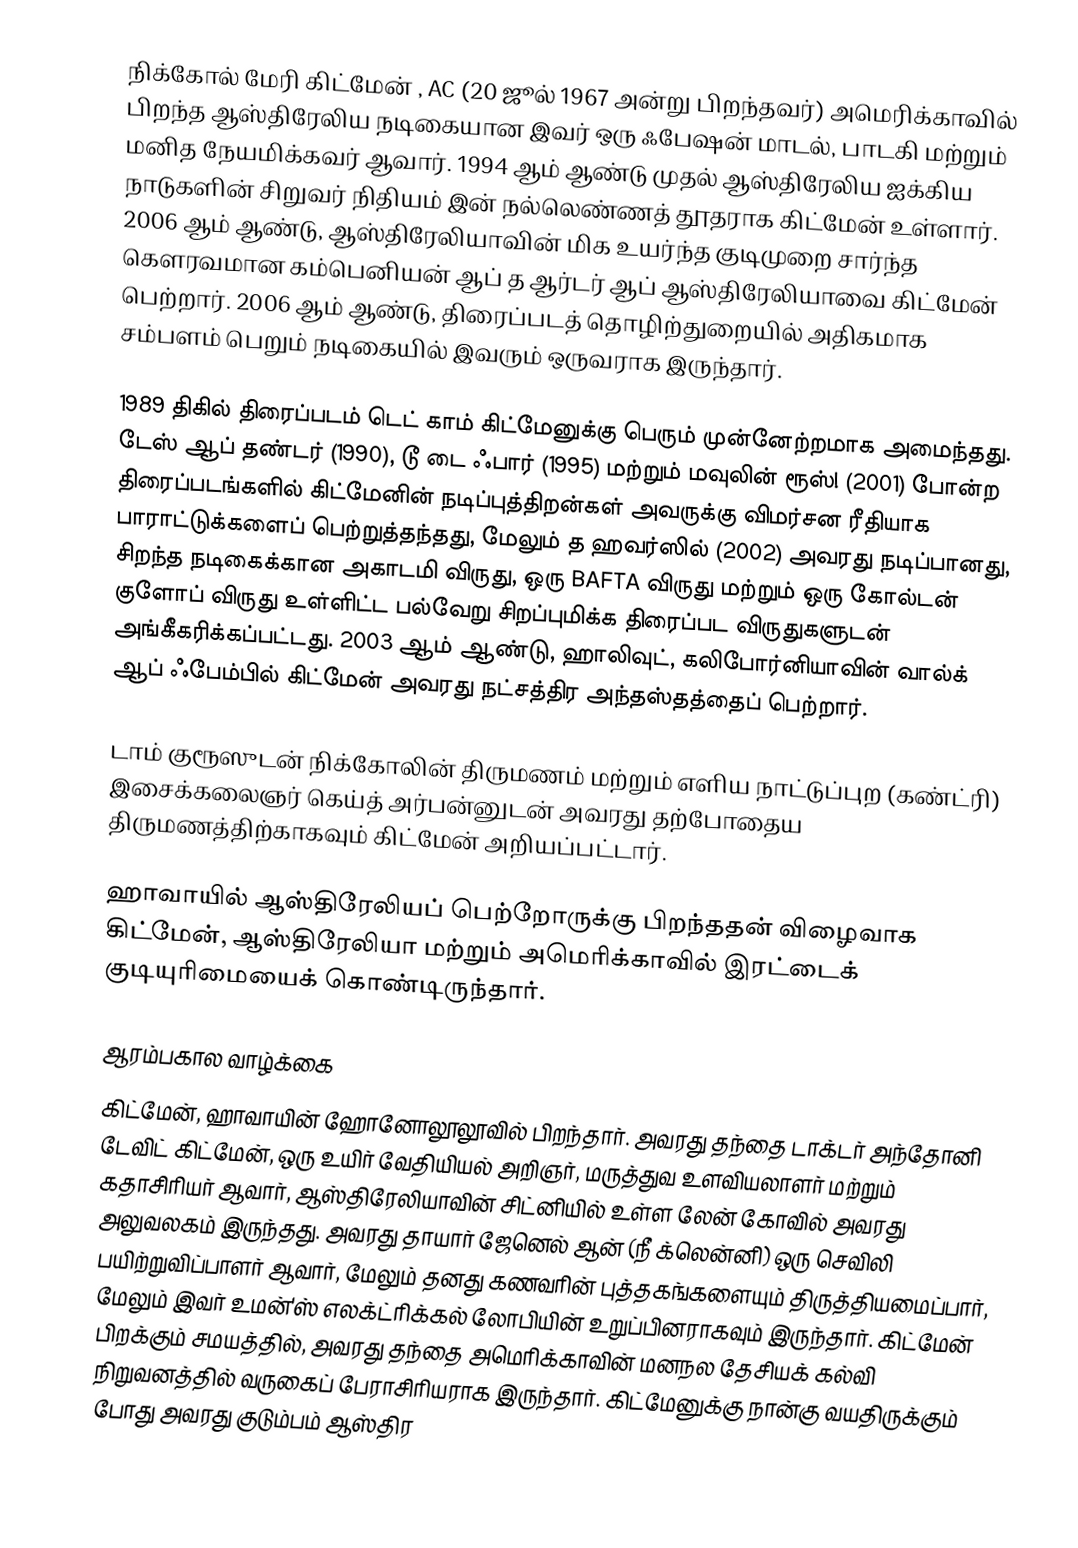
நிக்கோல் மேரி கிட்மேன் , AC (20 ஜூல் 1967 அன்று பிறந்தவர்) அமெரிக்காவில் பிறந்த ஆஸ்திரேலிய நடிகையான இவர் ஒரு ஃபேஷன் மாடல், பாடகி மற்றும் மனித நேயமிக்கவர் ஆவார். 1994 ஆம் ஆண்டு முதல் ஆஸ்திரேலிய ஐக்கிய நாடுகளின் சிறுவர் நிதியம் இன் நல்லெண்ணத் தூதராக கிட்மேன் உள்ளார். 2006 ஆம் ஆண்டு, ஆஸ்திரேலியாவின் மிக உயர்ந்த குடிமுறை சார்ந்த கெளரவமான கம்பெனியன் ஆப் த ஆர்டர் ஆப் ஆஸ்திரேலியாவை கிட்மேன் பெற்றார். 2006 ஆம் ஆண்டு, திரைப்படத் தொழிற்துறையில் அதிகமாக சம்பளம் பெறும் நடிகையில் இவரும் ஒருவராக இருந்தார்.

1989 திகில் திரைப்படம் டெட் காம்  கிட்மேனுக்கு பெரும் முன்னேற்றமாக அமைந்தது. டேஸ் ஆப் தண்டர்  (1990), டூ டை ஃபார்  (1995) மற்றும் மவுலின் ரூஸ்!  (2001) போன்ற திரைப்படங்களில் கிட்மேனின் நடிப்புத்திறன்கள் அவருக்கு விமர்சன ரீதியாக பாராட்டுக்களைப் பெற்றுத்தந்தது, மேலும் த ஹவர்ஸில்  (2002) அவரது நடிப்பானது, சிறந்த நடிகைக்கான அகாடமி விருது, ஒரு BAFTA விருது மற்றும் ஒரு கோல்டன் குளோப் விருது உள்ளிட்ட பல்வேறு சிறப்புமிக்க திரைப்பட விருதுகளுடன் அங்கீகரிக்கப்பட்டது. 2003 ஆம் ஆண்டு, ஹாலிவுட், கலிபோர்னியாவின் வால்க் ஆப் ஃபேம்பில் கிட்மேன் அவரது நட்சத்திர அந்தஸ்தத்தைப் பெற்றார்.

டாம் குரூஸுடன் நிக்கோலின் திருமணம் மற்றும் எளிய நாட்டுப்புற (கண்ட்ரி) இசைக்கலைஞர் கெய்த் அர்பன்னுடன் அவரது தற்போதைய திருமணத்திற்காகவும் கிட்மேன் அறியப்பட்டார்.

ஹாவாயில் ஆஸ்திரேலியப் பெற்றோருக்கு பிறந்ததன் விழைவாக கிட்மேன், ஆஸ்திரேலியா மற்றும் அமெரிக்காவில் இரட்டைக் குடியுரிமையைக் கொண்டிருந்தார்.

ஆரம்பகால வாழ்க்கை
கிட்மேன், ஹாவாயின் ஹோனோலூலூவில் பிறந்தார். அவரது தந்தை டாக்டர் அந்தோனி டேவிட் கிட்மேன், ஒரு உயிர் வேதியியல் அறிஞர், மருத்துவ உளவியலாளர் மற்றும் கதாசிரியர் ஆவார், ஆஸ்திரேலியாவின் சிட்னியில் உள்ள லேன் கோவில் அவரது அலுவலகம் இருந்தது. அவரது தாயார் ஜேனெல் ஆன் (நீ  க்லென்னி) ஒரு செவிலி பயிற்றுவிப்பாளர் ஆவார், மேலும் தனது கணவரின் புத்தகங்களையும் திருத்தியமைப்பார், மேலும் இவர் உமன்'ஸ் எலக்ட்ரிக்கல் லோபியின் உறுப்பினராகவும் இருந்தார். கிட்மேன் பிறக்கும் சமயத்தில், அவரது தந்தை அமெரிக்காவின் மனநல தேசியக் கல்வி நிறுவனத்தில் வருகைப் பேராசிரியராக இருந்தார். கிட்மேனுக்கு நான்கு வயதிருக்கும் போது அவரது குடும்பம் ஆஸ்திர